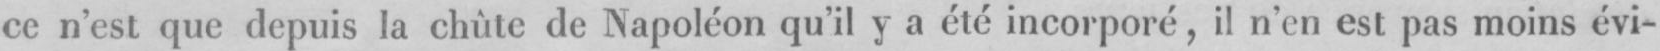
ce n’est que depuis Ia chûte de Napoléon qu’il y a été incorporé, il n’en est pas moins évi-